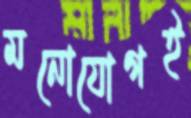
মনোযোগই